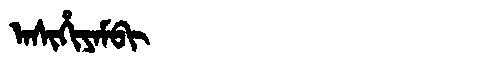
Manchu: ᠠᠰᡳᡥᡳᠶᠠᠮᠪᡳ
Romanization: ASIHIYAMBI